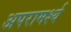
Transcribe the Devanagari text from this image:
अपरामर्श्य